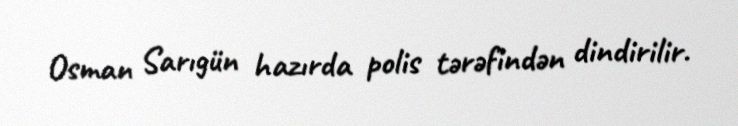
Osman Sarıgün hazırda polis tərəfindən dindirilir.